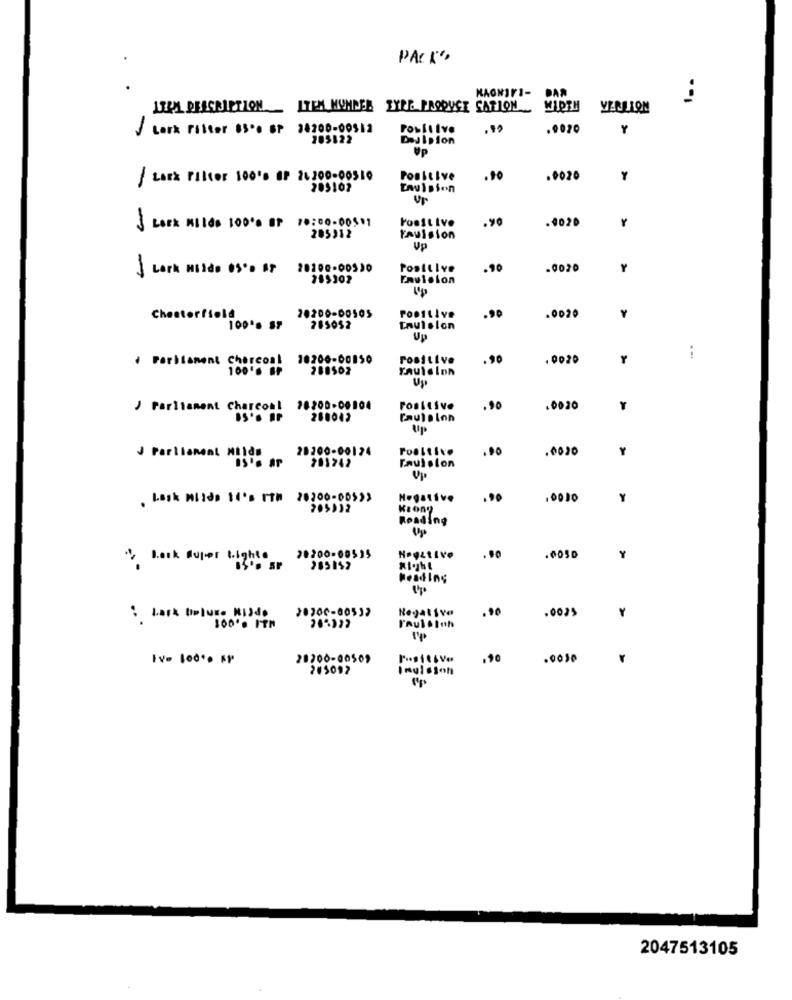
PACK"
DAR
1ER DESCRIPTION __ ITEM MUNNEN BYEE PRODUCE SATION _ WIREN
VEDLION
J Lark ritter 65 .. SP 38200-00512
Positive
.0020
Y
205122
DeJIpion
UP
Lark Filter 100'0 8r 21200-00510
Positive
.90
.0020
Y
205102
Envision
Poest Ive
.yo
.4020
Y
Lark KIlda 100% OF 10:00.00511
205212
Fauision
Up
Lark mildo 05'D AT
20100-00530
Positive
.90
.0020
Y
185102
Envision
Up
Chesterfield
20200-00505
PomiLive
.90
.0020
100'. SF
285052
Taulsion
. Parliament charcoal
10200-00150
Positive
.90
. 0020
100's BP
288502
J Parliament Charcoal 28200-00104
.90
.0020
280042
Caulelon
Up
28200-00124
.0020
J Parliament Milds
201242
Faulsion
. Lask milde 14's ITm 28200-005))
Negative
.90
Y
205,32
Reading
* Look Super Lighte
28200-00535
HogstIvo
.90
.0050
Y
285152
Heading
28200-00532
Negative
.20
.0035
: Lask Deluxe HIJde
1000 ITM
Ivo lod *. Fr
20700-00509
.90
.0030
205092
Inulstoh
Up
2047513105